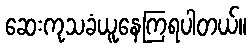
ဆေးကုသခံယူနေကြရပါတယ်။